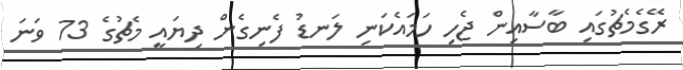
ރޭގެމެޗުގައި ބާސާއިން ޖެހި ހަމައެކަނި ލަނޑު ފެނިގެން ދިޔައީ މެޗުގެ 73 ވަނަ